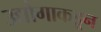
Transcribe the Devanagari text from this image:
उद्योगाकडून